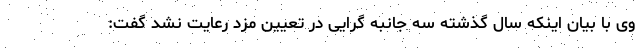
وی با بیان اینکه سال گذشته سه جانبه گرایی در تعیین مزد رعایت نشد گفت: